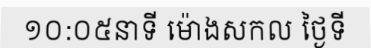
១០:០៥នាទី ម៉ោងសកល ថ្ងៃទី